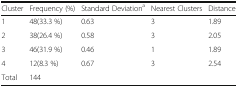
| Cluster | Frequency (%) | Standard Deviationa | Nearest Clusters | Distance |
 | --- | --- | --- | --- | --- |
 | 1 | 48(33.3 %) | 0.63 | 3 | 1.89 |
 | 2 | 38(26.4 %) | 0.58 | 3 | 2.05 |
 | 3 | 46(31.9 %) | 0.46 | 1 | 1.89 |
 | 4 | 12(8.3 %) | 0.67 | 3 | 2.54 |
 | Total | 144 |  |  |  |